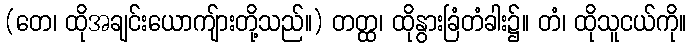
(တေ၊ ထိုအချင်းယောကျ်ားတို့သည်။) တတ္ထ၊ ထိုနွားခြံတံခါး၌။ တံ၊ ထိုသူငယ်ကို။